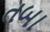
તબા